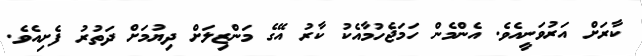
ކާރަށް އަރުވަނީއެވެ. އެންމެން ހަމަޖެހުމާއެކު ކާރު އޭގެ މަންޒިލަށް ދިޔުމަށް ދަތުރު ފެށިއެވެ.